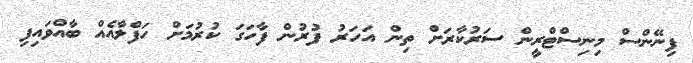
ފިނޭންސް މިނިސްޓްރީން ސަރުކާރަށް ތިން އަހަރު ފުރުން ފާހަގަ ކުރުމަށް ހަފްލާއެއް ބާއްވައިފި